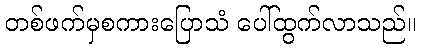
တစ်ဖက်မှစကားပြောသံ ပေါ်ထွက်လာသည်။